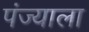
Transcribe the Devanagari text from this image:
पंज्याला